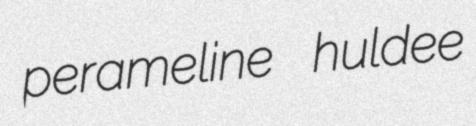
perameline huldee